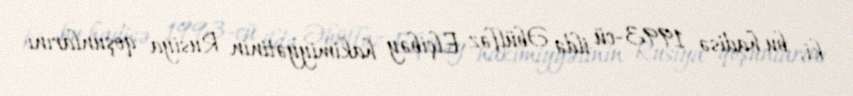
ki, bu hadisə 1993-cü ildə Əbülfəz Elçibəy hakimiyyətinin Rusiya qoşunlarını